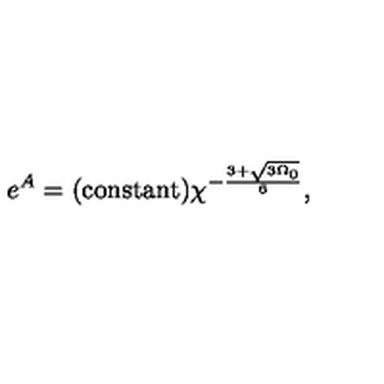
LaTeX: e ^ { A } = \mathrm { ( c o n s t a n t ) } \chi ^ { - \frac { 3 + \sqrt { 3 \Omega _ { 0 } } } { 6 } } ,